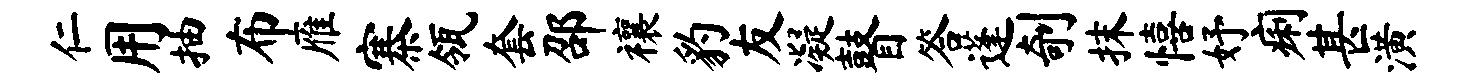
仁用抽布雁寨瓴套邵禳豹友凝瞽答蓬剞抹僖妤痢甚潢